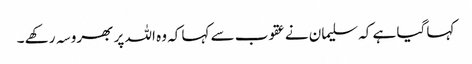
کہا گیا ہے کہ سلیمان نے عقوب سے کہا کہ وہ اللہ پر بھروسہ رکھے ۔